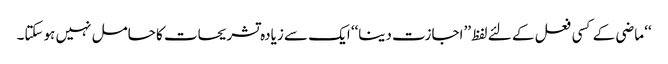
‘‘ ماضی کے کسی فعل کے لئے لفظ ’’اجازت دینا‘‘ ایک سے زیادہ تشریحات کا حامل نہیں ہوسکتا۔